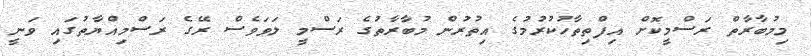
މިމުބާރާތް ރަސްމީކޮށް އިފްތިތާހުކުރުމުގެ އިތުރުން މުބާރާތުގެ ރަސްމީ ލަވަވެސް ރޭގެ ރަސްމިއްޔާތުގައި ވަނީ